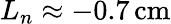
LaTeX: L_{n}\approx-0.7\, \mathrm{cm}